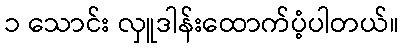
၁ သောင်း လှူဒါန်းထောက်ပံ့ပါတယ်။